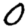
Digit: 0